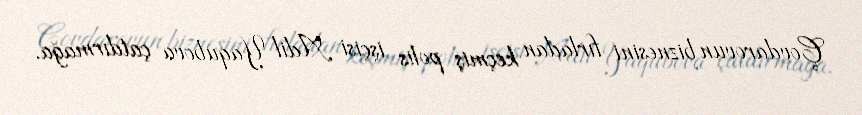
Çovdarovun biznesini fırladan keçmiş polis işçisi Adil Yaqubova çatdırmağa.